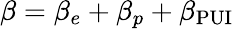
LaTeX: \beta=\beta_{e}+\beta_{p}+\beta_{\mathrm{PUI}}